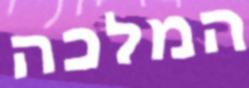
המלכה